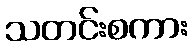
သတင်းစကား